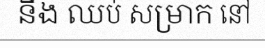
នឹង ឈប់ សម្រាក នៅ